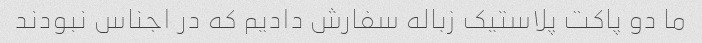
ما دو پاکت پلاستیک زباله سفارش دادیم که در اجناس نبودند